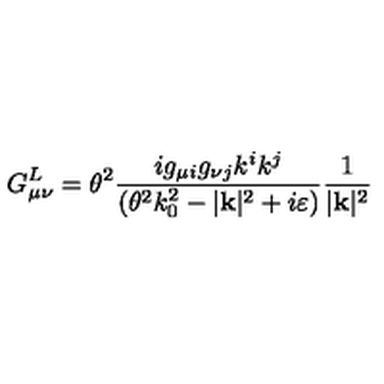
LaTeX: G _ { \mu \nu } ^ { L } = \theta ^ { 2 } \frac { i g _ { \mu i } g _ { \nu j } k ^ { i } k ^ { j } } { ( \theta ^ { 2 } k _ { 0 } ^ { 2 } - | \mathbf { k } | ^ { 2 } + i \varepsilon ) } \frac { 1 } { | \mathbf { k } | ^ { 2 } }